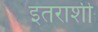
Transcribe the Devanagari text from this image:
इतराशी